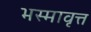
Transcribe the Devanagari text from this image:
भस्मावृत्त